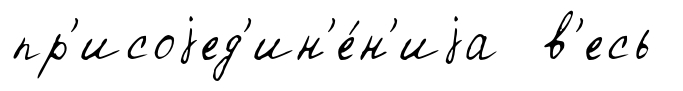
пр'исоjед'ин'е́н'иjа в'есь